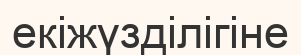
екіжүзділігіне